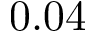
0 . 0 4